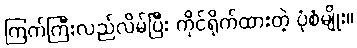
ကြက်ကြီးလည်လိမ်ပြီး ကိုင်ရိုက်ထားတဲ့ ပုံစံမျိုး။